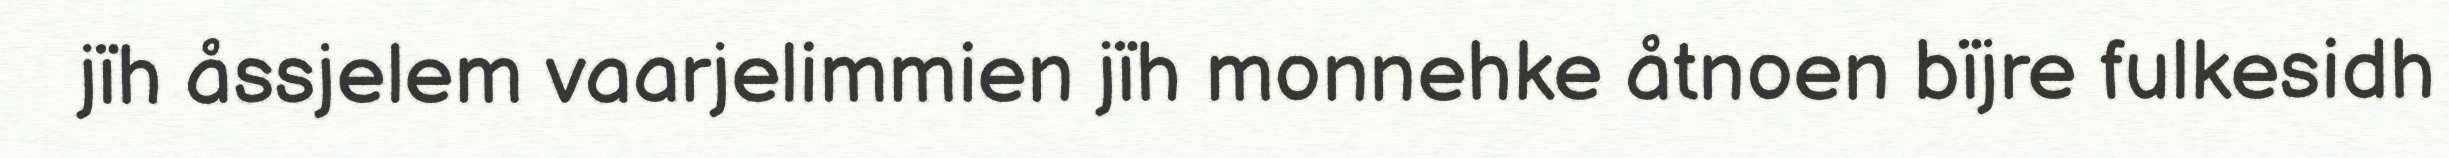
jïh åssjelem vaarjelimmien jïh monnehke åtnoen bïjre fulkesidh